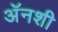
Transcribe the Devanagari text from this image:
अॅनशी